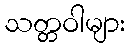
သတ္တဝါများ